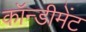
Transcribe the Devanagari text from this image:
कॉन्डीमेंट